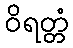
ဝိရတ္တံ